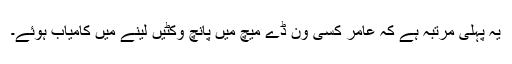
یہ پہلی مرتبہ ہے کہ عامر کسی ون ڈے میچ میں پانچ وکٹیں لینے میں کامیاب ہوئے۔